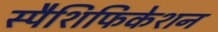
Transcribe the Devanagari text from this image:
स्पैशिफिकेशन